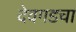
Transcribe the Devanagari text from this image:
देवगडचा